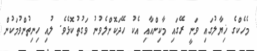
މެހެކްގެ ޚިޔާލުގައި ވަނީ ރޭގައި މާކިންއާއި އެކު ހޭދަކޮށްލެވުނު ވަގުތުކޮޅެވެ. ލުއި ހިނިތުންވުމަކުން